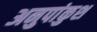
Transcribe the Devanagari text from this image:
अनुपांकुश